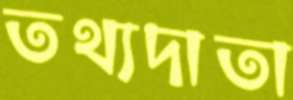
তথ্যদাতা